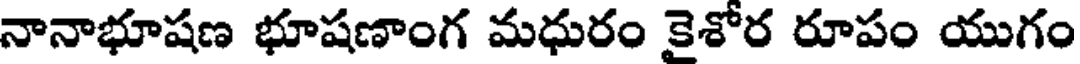
నానాభూషణ భూషణాంగ మధురం కైశోర రూపం యుగం